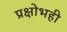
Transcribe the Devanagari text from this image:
प्रक्षोभही